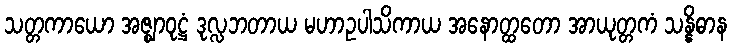
သတ္တကာယော အဇ္ဈာဝုဋ္ဌံ ဒုလ္လဘတာယ မဟာဥပါသိကာယ အနောတ္ထတော အာယုတ္တကံ သန္နိဓာန